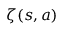
\zeta ( s , a )